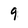
Character: 9